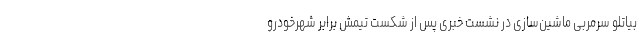
بیاتلو سرمربی ماشین‌سازی در نشست خبری پس از شکست تیمش برابر شهرخودرو